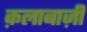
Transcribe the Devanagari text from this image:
क़लाबाज़ी